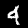
Digit: 4